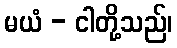
မယံ - ငါတို့သည်၊